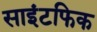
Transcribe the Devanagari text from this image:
साइंटफिक